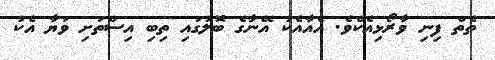
ތެތް ފިނި ވާރޯޅިއެކެވެ. އެއާއެކު އޭނާގެ ބޮލުގައި ތިބި އިސްތަށި ވަޔާ އެކު